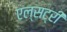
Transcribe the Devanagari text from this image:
एल्सट्री